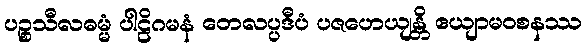
ပဉ္စသီလဓမ္မံ ပါဠိဂမနံ တေလပ္ပဒီပံ ပဇဟေယျန္တိ ဧယျာမဝစနဿ